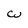
Character: W